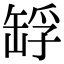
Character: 𦈴